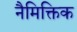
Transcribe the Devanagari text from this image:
नैमिक्तिक